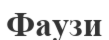
Фаузи